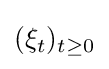
(\xi _{t})_{t\geq 0}